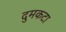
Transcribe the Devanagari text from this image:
दुमकटा